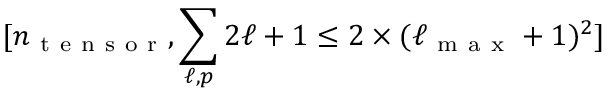
[ n _ { \mathrm { ~ t ~ e ~ n ~ s ~ o ~ r ~ } } , \sum _ { \ell , p } { 2 \ell + 1 } \leq 2 \times ( \ell _ { \mathrm { ~ m ~ a ~ x ~ } } + 1 ) ^ { 2 } ]